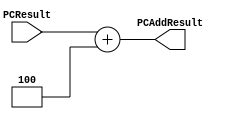
`timescale 1ns / 1ps

////////////////////////////////////////////////////////////////////////////////
// Last Edits: Nirmal Kumbhare, Ali Akoglu
// 
// Module - PCAdder.v
// Description - 32-Bit program counter (PC) adder.
// 
// INPUTS:-
// PCResult: 32-Bit input port.
// 
// OUTPUTS:-
// PCAddResult: 32-Bit output port.
//
// FUNCTIONALITY:-
// Design an incrementor by 4 
// (a hard-wired ADDER whose first input is from the PCResult, and 
// whose second input is a hard-wired value of 4 that outputs PCResult + 4. 
// The result should always be an increment of the signal 'PCResult' by 4 (i.e., PCAddResult = PCResult + 4).
//
// Company: University of Arizona - ECE274A - Digital Logic
// Engineer(s): Adrian Bao, Bob Bradford
// Comments: Implementation of an adder that adds 4 to given input
// Last Edit: 10/27/2018 - Implemented adder functionality
//
////////////////////////////////////////////////////////////////////////////////

module PCAdder(PCResult, PCAddResult);

    input [31:0] PCResult;

    output reg [31:0] PCAddResult;

    always @ (PCResult) begin
    
        PCAddResult <= PCResult + 32'h00000004; // Add 4 to PCResult
    
    end

endmodule